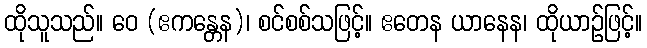
ထိုသူသည်။ ဝေ (ဧကန္တေန)၊ စင်စစ်သဖြင့်။ ဧတေန ယာနေန၊ ထိုယာဉ်ဖြင့်။